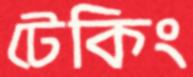
টেকিং